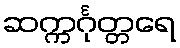
ဆက္ကင်္ဂုတ္တရေ